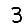
Digit: 3